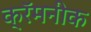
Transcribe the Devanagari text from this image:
क्रॅमनीक